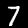
Label: 7